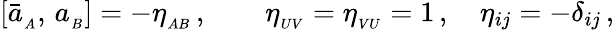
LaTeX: [\bar{a}_{_A},\, a_{_B}]=-\eta_{_{AB}}\, ,\qquad\eta_{_{UV}}=\eta_{_{VU}}=1\, ,\quad\eta_{ij}=-\delta_{ij}\, ,